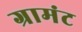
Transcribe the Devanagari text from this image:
ग्रामंट